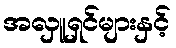
အလှူရှင်များနှင့်